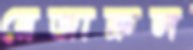
মেজারুল